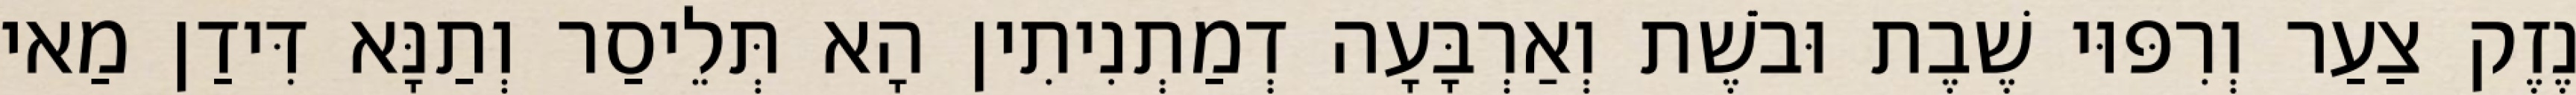
נֶזֶק צַעַר וְרִפּוּי שֶׁבֶת וּבֹשֶׁת וְאַרְבָּעָה דְמַתְנִיתִין הָא תְּלֵיסַר וְתַנָּא דִּידַן מַאי